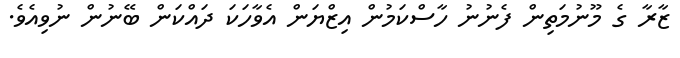
ޒާރާ ގެ މޫނުމަތިން ފެނުނު ހާސްކަމުން އިޒްޔަން އެވާހަކަ ދައްކަން ބޭނުން ނުވިއެވެ.